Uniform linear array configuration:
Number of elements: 64
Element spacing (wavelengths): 0.25
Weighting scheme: exponential
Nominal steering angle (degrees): -15
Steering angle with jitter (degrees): -16.701
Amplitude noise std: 0.05
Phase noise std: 0.05

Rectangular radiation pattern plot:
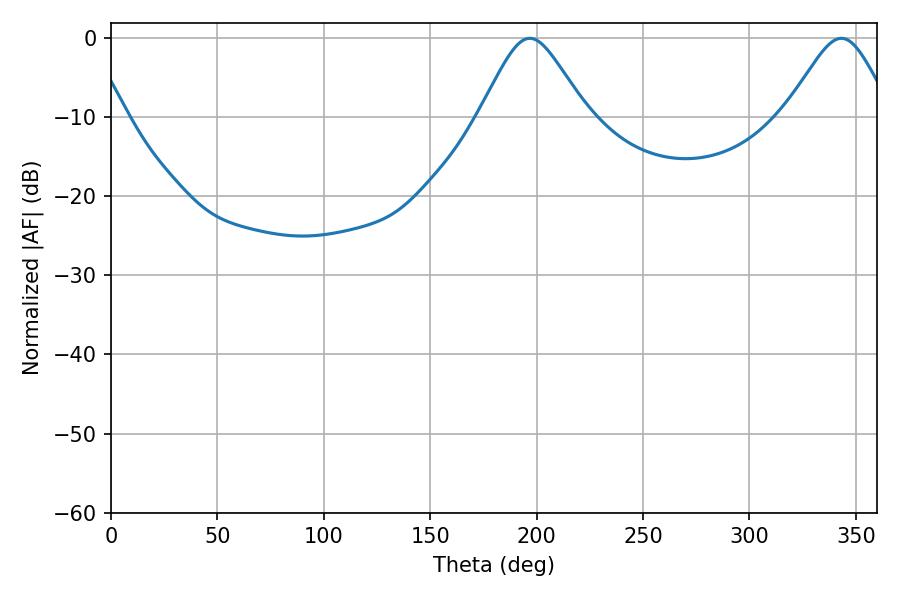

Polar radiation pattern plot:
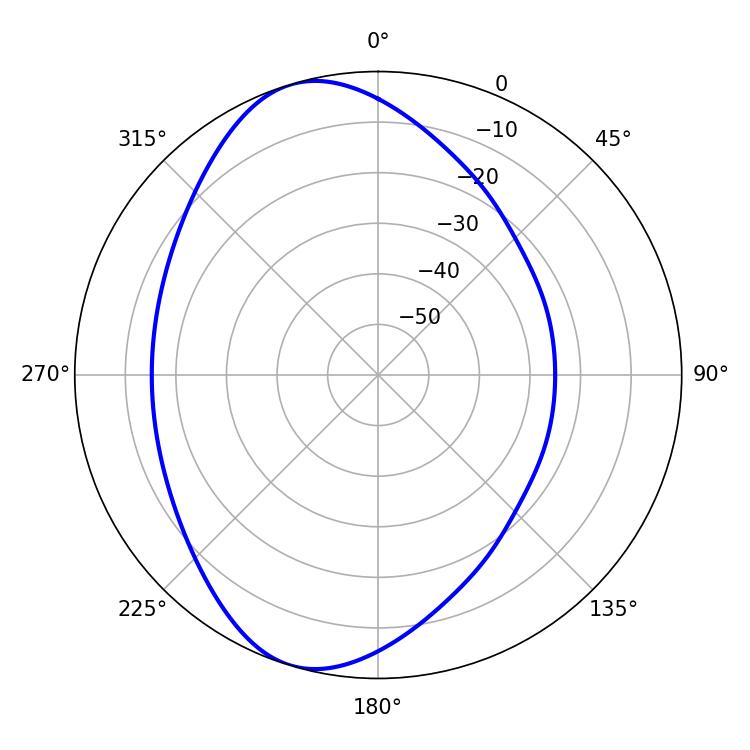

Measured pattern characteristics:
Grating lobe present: FALSE
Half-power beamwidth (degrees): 24.3
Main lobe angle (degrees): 196.74